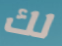
لك